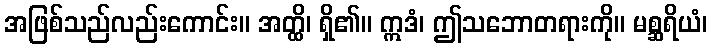
အဖြစ်သည်လည်းကောင်း။ အတ္ထိ၊ ရှိ၏။ ဣဒံ၊ ဤသဘောတရားကို။ မစ္ဆရိယံ၊